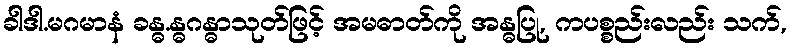
ခါဒါ.မဂမာနံ ခန္ဓ.န္ဓဂန္ဓာသုတ်ဖြင့် အမဓာတ်ကို အန္ဓပြု, ကပစ္စည်းလည်း သက်,